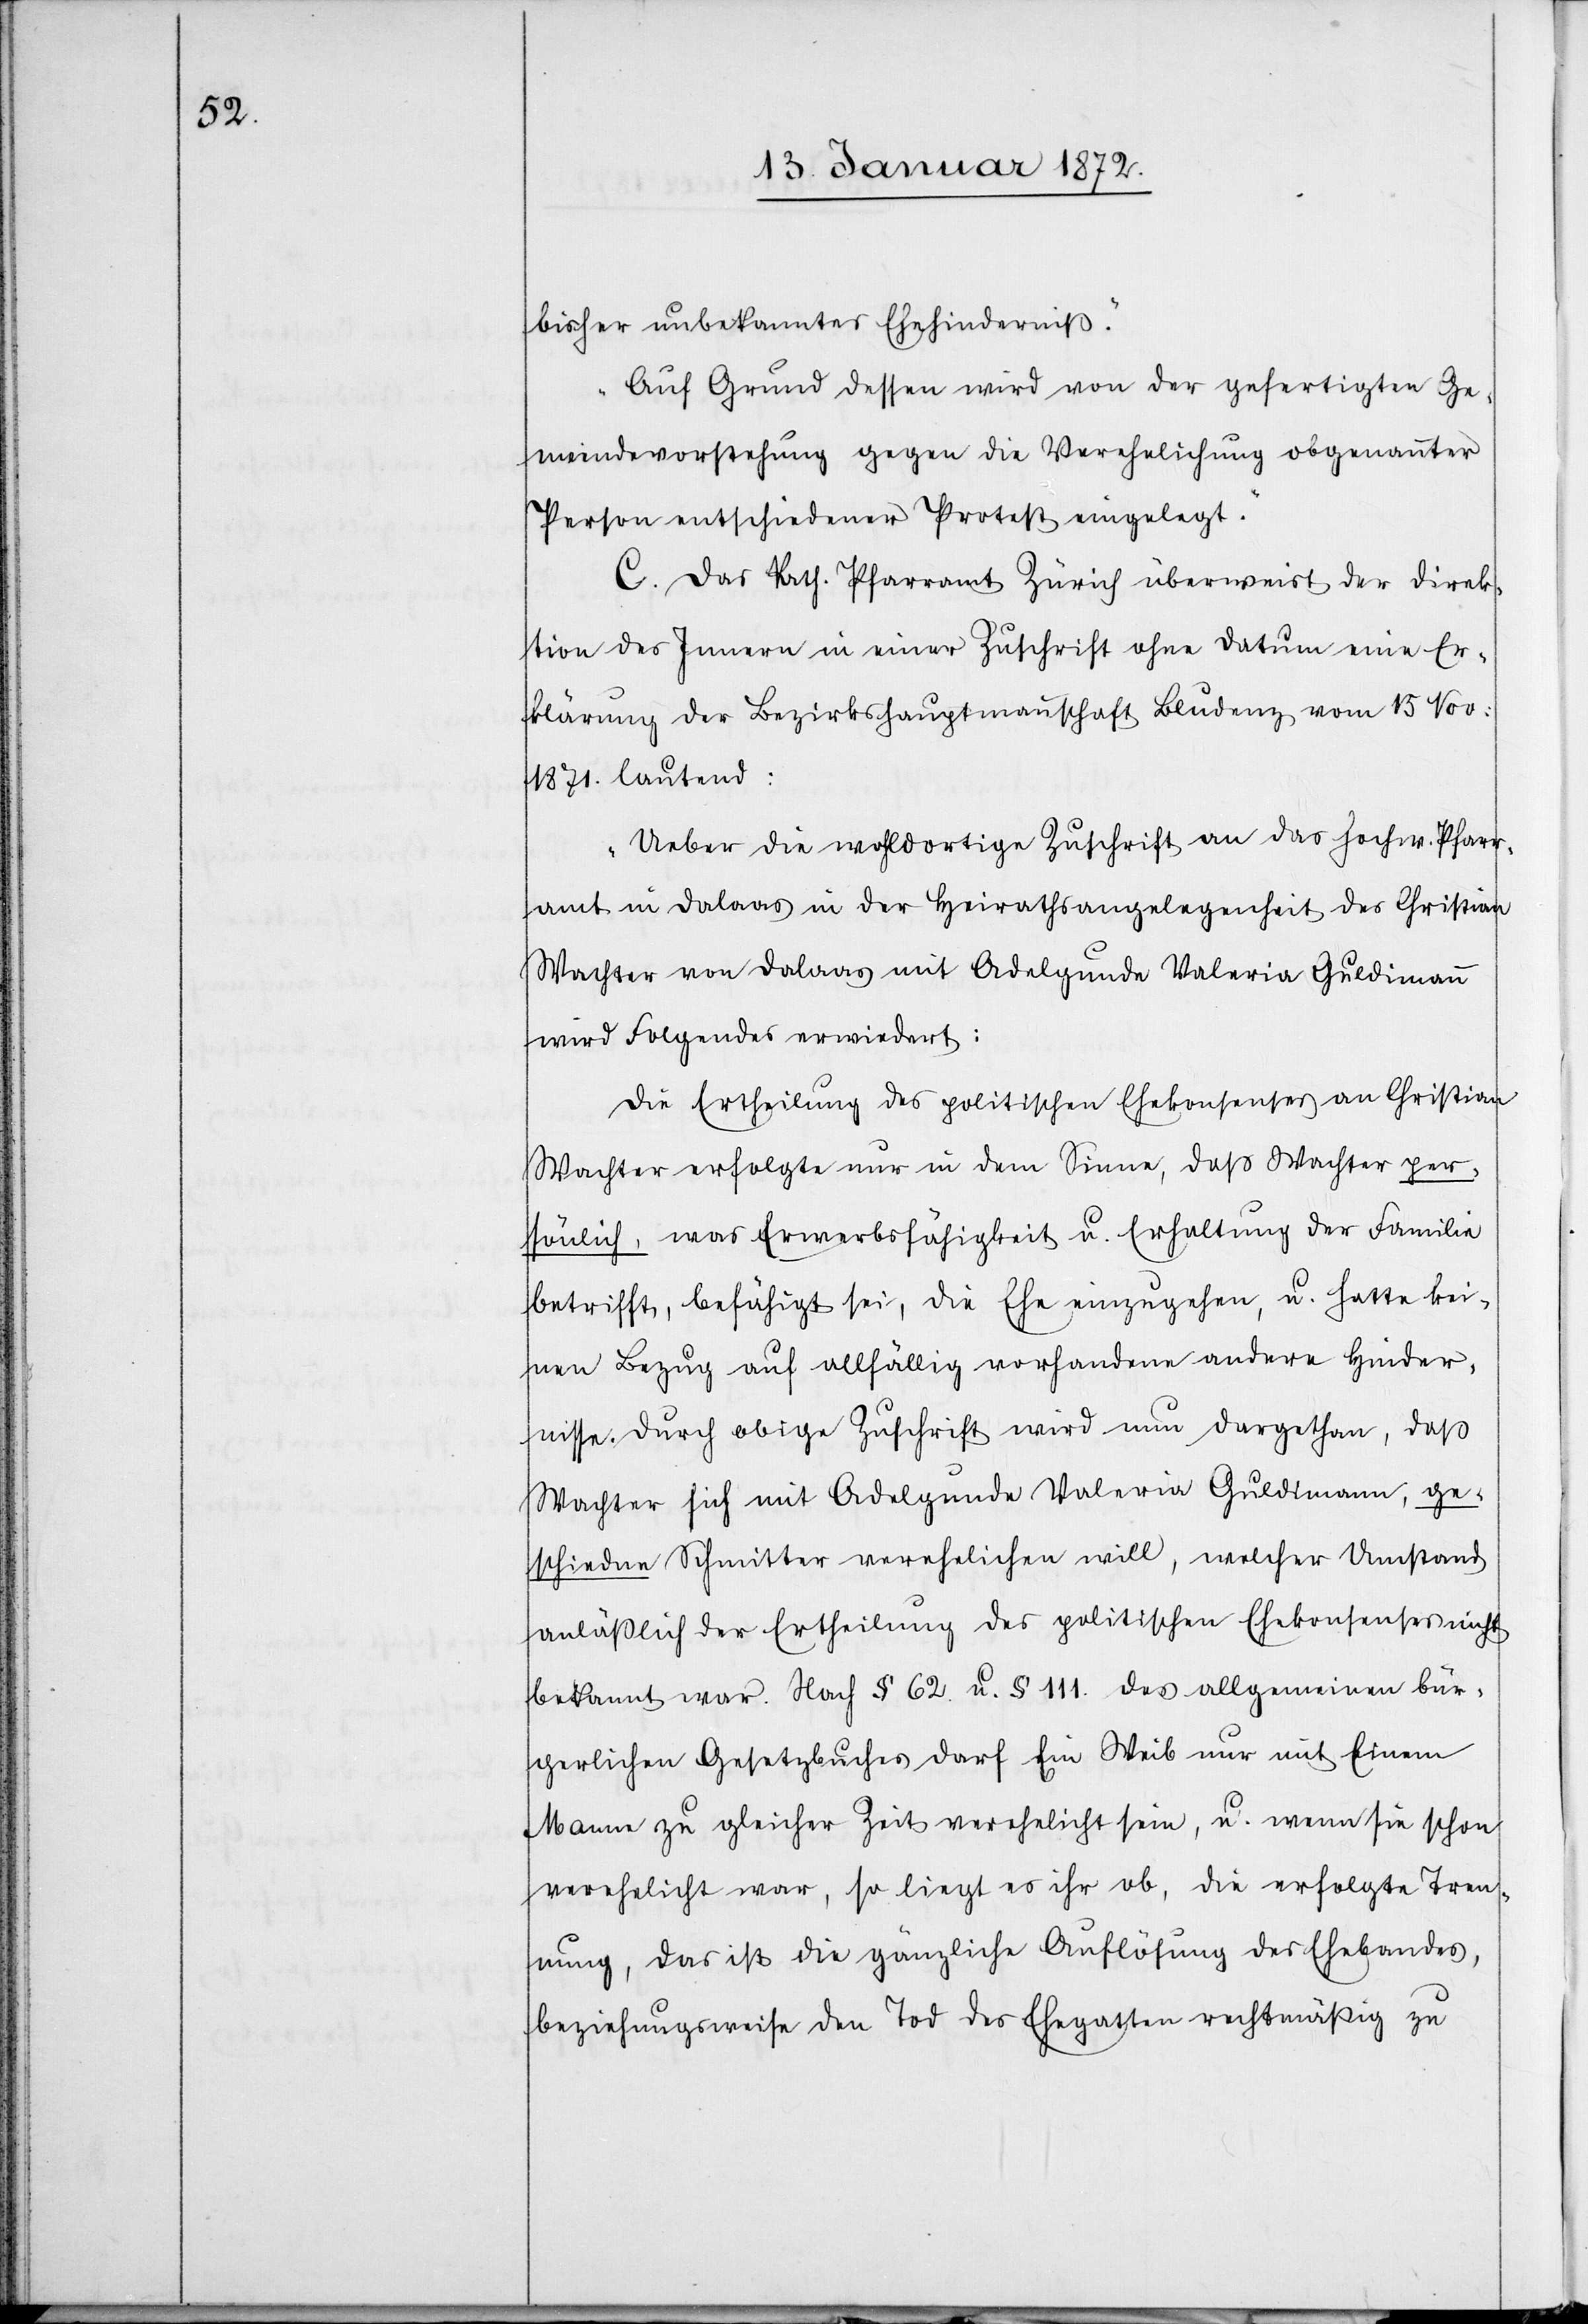
bisher unbekanntes Ehehinderniß.“
„Auf Grund dessen wird von der gefertigten Ge¬
meindvorstehung gegen die Verehelichung obgenannter
Person entschiedener Protest eingelegt.“
C. Das kath. Pfarramt Zürich überweist der Direk¬
tion des Innern in einer Zuschrift ohne Datum eine Er¬
klärung der Bezirkshauptmannschaft Bludenz von 15 Nov.
1871. lautend:
„Ueber die wohldortige Zuschrift an das Hochw. Pfarr¬
amt in Dalaas in der Heirathsangelegenheit des Christian
Wachter von Dalaas mit Adelgunde Valeria Guldimann
wird Folgendes erwiedert:
Die Ertheilung des politischen Ehekonsenses an Christian
Wachter erfolgte nur in dem Sinn, daß Wachter per¬
sönlich, was Erwerbsfähigkeit u. Erhaltung der Familie
betrifft, befähigt sei, die Ehe einzugehen, u. hatte kei¬
nen Bezug auf allfällig vorhandene andere Hinder¬
nisse. Durch obige Zuschrift wird nun dargethan, daß
Wachter sich mit Adelgunde Valeria Guldimann, ge¬
schiedne Schmitter verehelichen will, welcher Umstand
anläßlich der Ertheilung des politischen Ehekonsenses nicht
bekannt war. Nach § 62. u. § 111. des allgemeinen bür¬
gerlichen Gesetzbuches darf ein Weib nur mit Einem
Mann zu gleicher Zeit verehelicht sein, u. wenn sie schon
verehelicht war, so liegt es ihr ob, die erfolgte Tren¬
nung, das ist die gänzliche Auflösung des Ehebandes,
beziehungsweise den Tod des Ehegatten rechtmäßig zu